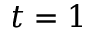
t = 1